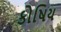
કોષિય